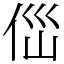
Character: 㑎